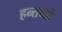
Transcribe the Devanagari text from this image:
हन्तव्यो